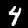
Label: 4